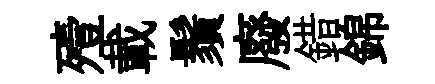
殪載鬚廢錯錦